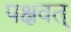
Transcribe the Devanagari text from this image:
पक्षवत्